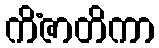
ကိံဇာတိကာ